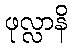
ဖုလ္လာနိ